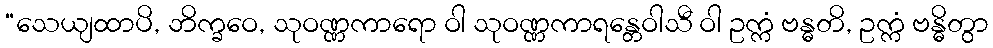
“သေယျထာပိ, ဘိက္ခဝေ, သုဝဏ္ဏကာရော ဝါ သုဝဏ္ဏကာရန္တေဝါသီ ဝါ ဥက္ကံ ဗန္ဓတိ, ဥက္ကံ ဗန္ဓိတွာ